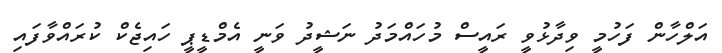
އަލްހާން ފަހުމީ ވިދާޅުވީ ރައީސް މުހައްމަދު ނަޝީދު ވަނީ އެމްޑީޕީ ހައިޖެކް ކުރައްވާފައި